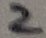
Text: 2